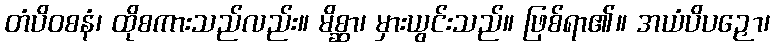
တံပိဝစနံ၊ ထိုစကားသည်လည်း။ မိစ္ဆာ၊ မှားယွင်းသည်။ ဖြစ်ရာ၏။ အယံပိပဉှော၊